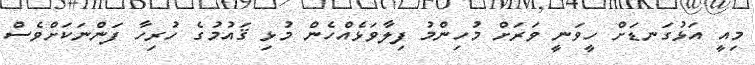
މިއީ އަޅުގަނޑަށް ހީވަނީ ވަރަށް މުހިންމު ފިލާވަޅެއްހެން މުޅި ޤައުމުގެ ހުރިހާ ފަންނަކަށްވެސް